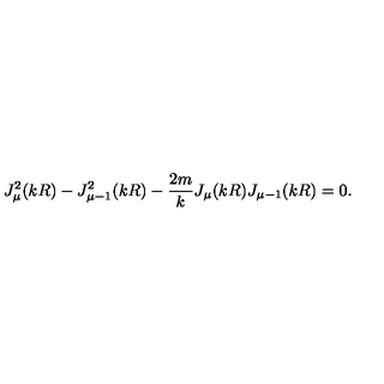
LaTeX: J _ { \mu } ^ { 2 } ( k R ) - J _ { \mu - 1 } ^ { 2 } ( k R ) - \frac { 2 m } { k } J _ { \mu } ( k R ) J _ { \mu - 1 } ( k R ) = 0 .